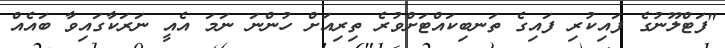
"ފަޓްލޫނުގެ ފައިކުރި ފައިގެ ތަނބިކައްޓަށްވުރެ ތިރިއަށް ހުންނަ ނަމަ އެއީ ނަރަކާގައިވާ ބައެއް